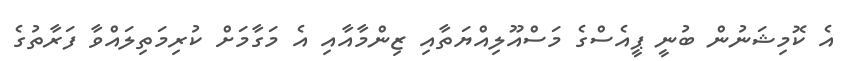
އެ ކޮމިޝަނުން ބުނީ ޕީއެސްގެ މަސްއޫލިއްޔަތާއި ޒިންމާއާއި އެ މަގާމަށް ކުރިމަތިލައްވާ ފަރާތުގެ